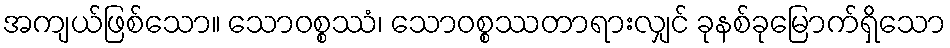
အကျယ်ဖြစ်သော။ သောဝစ္စဿံ၊ သောဝစ္စဿတာရားလျှင် ခုနစ်ခုမြောက်ရှိသော